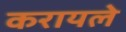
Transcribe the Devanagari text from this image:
करायले